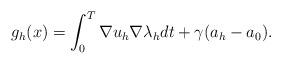
LaTeX: \begin{align*} g_h(x) = \int_{0}^T \nabla u_h \nabla \lambda_h dt + \gamma (a_h - a_0).\end{align*}